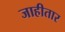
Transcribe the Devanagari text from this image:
जाहीतार